Lunatic asylums Burma 1907-21 - 1907-1921
Year: 1907
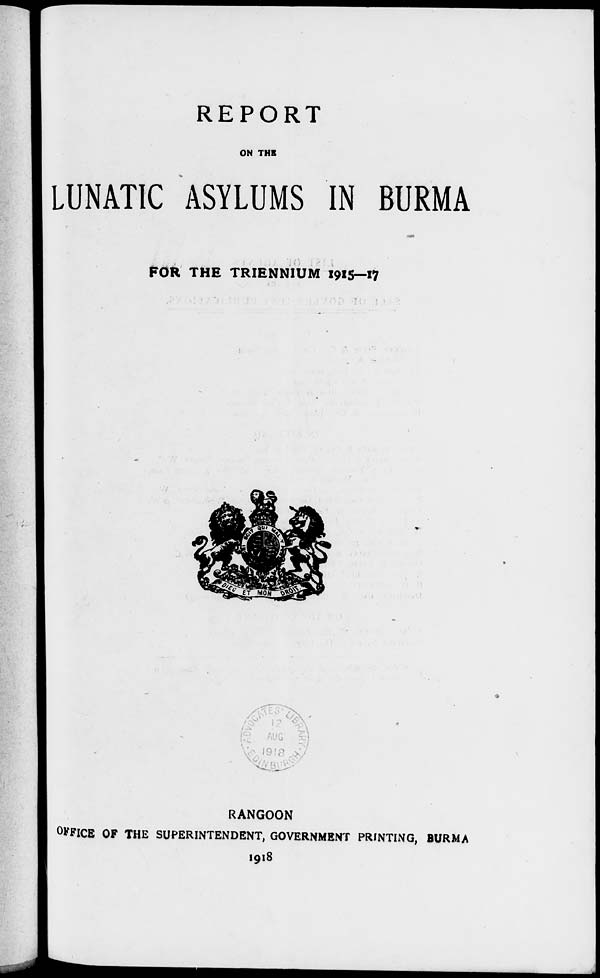
REPORT
ON THE
LUNATIC ASYLUMS IN BURMA
FOR THE TRIENNIUM 1915—17
RANGOON
OFFICE OF THE SUPERINTENDENT, GOVERNMENT PRINTING, BURMA
1918